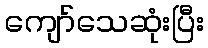
ကျော်သေဆုံးပြီး